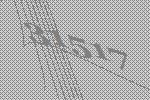
31517